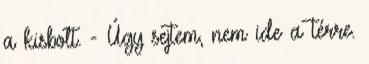
a kisbolt. - Úgy sejtem, nem ide a térre.